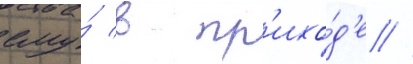
ему́ в пр'ихо́д'е //